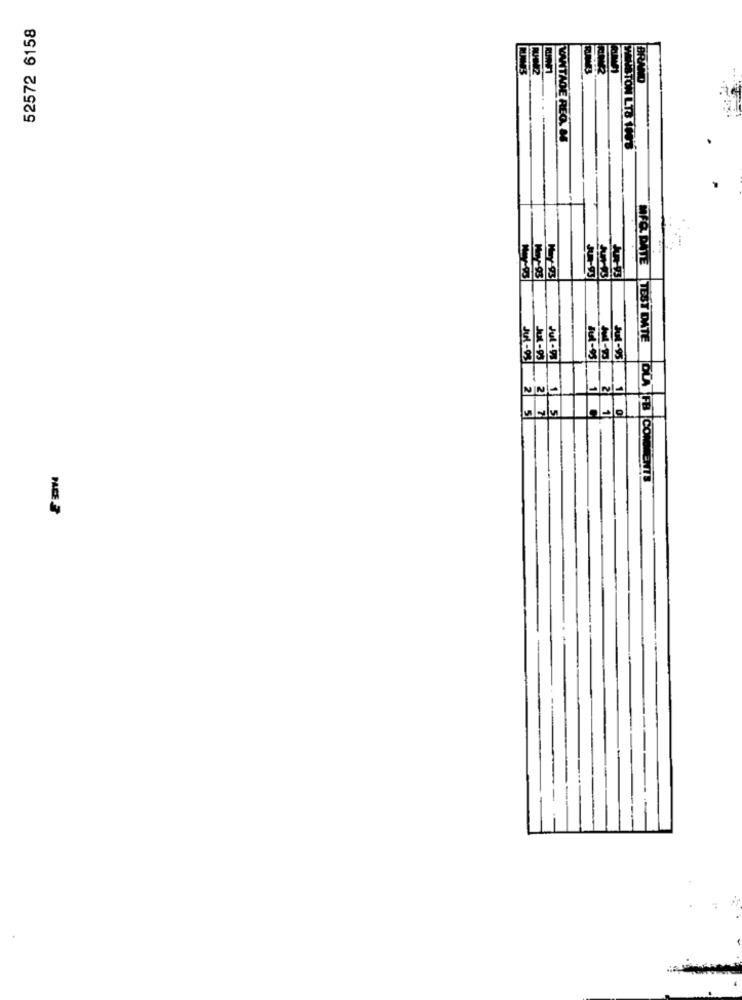
52572 6158
LTO 1
NFO DATE
M
TEST DATE
Jul-93
JUL-93
Jul-93
Jul - 95
2
1
2
DLA
. 2 7
5
FB CO
PACE